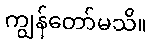
ကျွန်တော်မသိ။